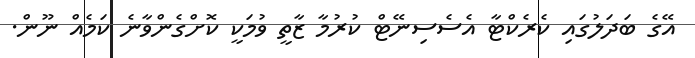
އޭގެ ބަދަލުގައި ކެރެކްޓާ އެސެސިނޭޓް ކުރުމާ ޒާތީ ވުމަކީ ކޮށްގެންވާނެ ކަމެއް ނޫން.